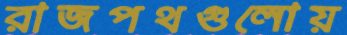
রাজপথগুলোয়